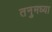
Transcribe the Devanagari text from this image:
तनुमध्या